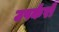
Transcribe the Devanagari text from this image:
उपर्करों